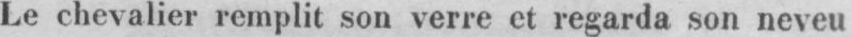
Le chevalier remplit son verre et regarda son neveu